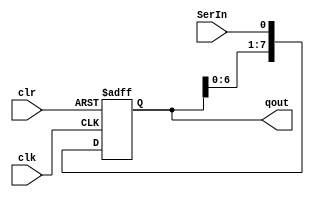


module ShiftReg
    (
    input           clk,
    input           clr,
    input           SerIn,
    output  [7:0]   qout);
   
reg [7:0] temp;

always @(posedge(clk) or negedge(clr))
    if(clr == 1'b0)
        temp <= 8'b0;
    else begin
        temp = {temp[6:0], SerIn};
    end
    
assign qout = temp;

endmodule